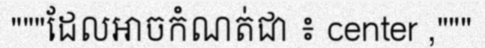
"""ដែលអាចកំណត់ជា ៖ center ,"""